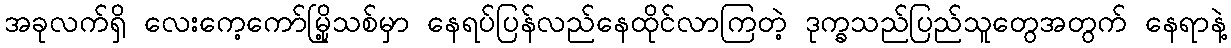
အခုလက်ရှိ လေးကေ့ကော်မြို့သစ်မှာ နေရပ်ပြန်လည်နေထိုင်လာကြတဲ့ ဒုက္ခသည်ပြည်သူတွေအတွက် နေရာနဲ့